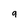
Character: 9